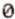
0